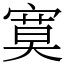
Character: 寞